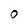
Character: 0